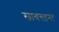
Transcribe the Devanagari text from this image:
स्वायत्त्तना